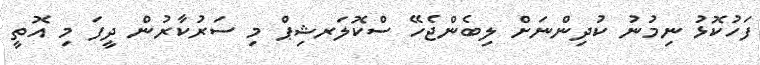
ފަހުކޮޅު ނިމުނު ކުދިންނަށް ލިބެންޖެހޭ ސްކޮލަރޝިޕް މި ސަރުކާރުން ދީފަ މި އޮތީ